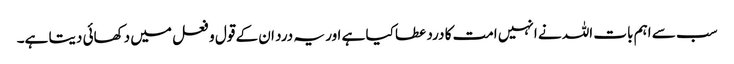
سب سے اہم بات اللہ نے انہیں امت کا درد عطا کیا ہے اور یہ درد ان کے قول و فعل میں دکھائی دیتا ہے۔